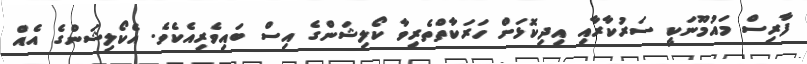
ފާރިސް މައުމޫނަކީ ސަރުކާރާއި އިދިކޮޅަށް ހަރަކާތްތެރިވާ ކޯލިޝަންގެ އިސް ބައިވެރިއެކެވެ. އެކޯލިޝަންގެ އެއް